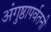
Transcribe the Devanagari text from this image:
अंगुष्ठापर्वतनी